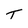
Character: T